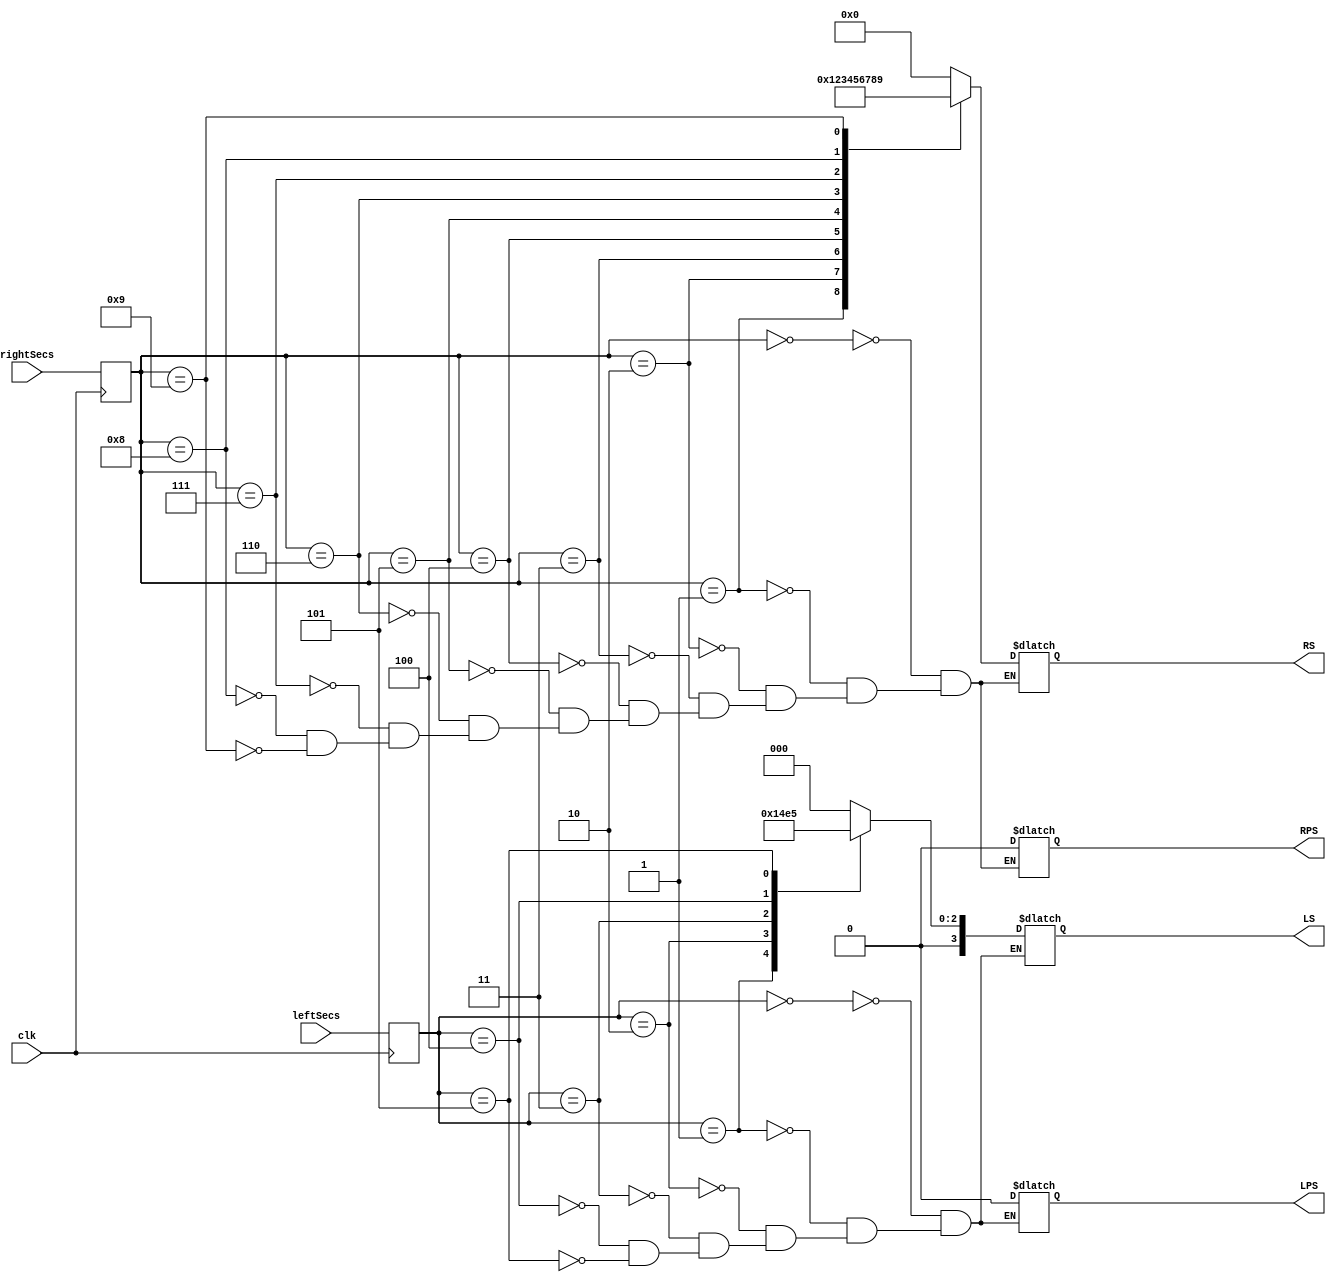
module ControllerSeconds
(
    input clk,
    input [3:0] rightSecs,
    input [2:0] leftSecs,
    output reg[3:0] RS,
    output reg RPS,
    output reg[3:0] LS,
    output reg LPS
);

    reg[2:0] leftSecs_s;
    reg[3:0] rightSecs_s;

    // Set state for left and right second digits
    always @(posedge clk)
    begin
        leftSecs_s <= leftSecs;
        rightSecs_s <= rightSecs;
    end

    // Set LED states for right second digit
    always @(*)
    begin
        case(rightSecs_s)
            4'd0: begin
               RS = 4'b0000;
               RPS = 1'b0;
            end
            4'd1: begin
                RS = 4'b0001;
                RPS = 1'b0;
            end
            4'd2: begin
                RS = 4'b0010;
                RPS = 1'b0;
            end
            4'd3: begin
                RS = 4'b0011;
                RPS = 1'b0;
            end
            4'd4: begin
                RS = 4'b0100;
                RPS = 1'b0;
            end
            4'd5: begin
                RS = 4'b0101;
                RPS = 1'b0;
            end
            4'd6: begin
                RS = 4'b0110;
                RPS = 1'b0;
            end
            4'd7: begin
                RS = 4'b0111;
                RPS = 1'b0;
            end
            4'd8: begin
                RS = 4'b1000;
                RPS = 1'b0;
            end
            4'd9: begin
                RS = 4'b1001;
                RPS = 1'b0;
            end
        endcase
    end

    // Set LED state for left second digit
    always @(*)
    begin
        case(leftSecs_s)
            3'd0: begin
               LS = 3'b000;
               LPS = 1'b0;
            end
            3'd1: begin
                LS = 3'b001;
                LPS = 1'b0;
            end
            3'd2: begin
                LS = 3'b010;
                LPS = 1'b0;
            end
            3'd3: begin
                LS = 3'b011;
                LPS = 1'b0;
            end
            3'd4: begin
                LS = 3'b100;
                LPS = 1'b0;
            end
            3'd5: begin
                LS = 3'b101;
                LPS = 1'b0;
            end
        endcase
    end
endmodule